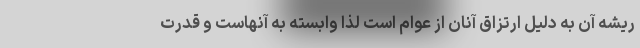
ریشه آن به دلیل ارتزاق آنان از عوام است لذا وابسته به آنهاست و قدرت